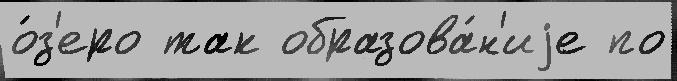
о́з'еро так образова́н'иjе по